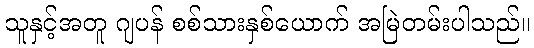
သူနှင့်အတူ ဂျပန် စစ်သားနှစ်ယောက် အမြဲတမ်းပါသည်။